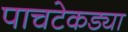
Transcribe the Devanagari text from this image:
पाचटेकड्या